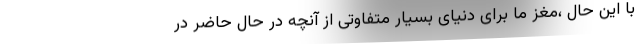
با این حال ،مغز ما برای دنیای بسیار متفاوتی از آنچه در حال حاضر در